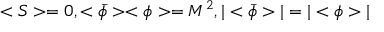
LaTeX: < S > = 0 , < \bar { \phi } > < \phi > = M ^ { 2 } , | < \bar { \phi } > | = | < \phi > |